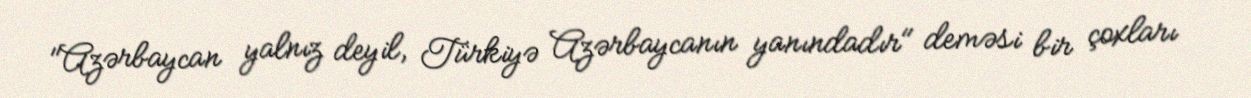
"Azərbaycan yalnız deyil, Türkiyə Azərbaycanın yanındadır" deməsi bir çoxları